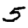
Digit: 5